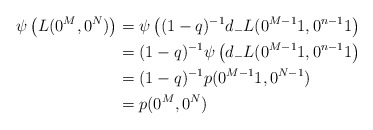
\begin{align*}\psi\left( L(0^M, 0^N) \right) &= \psi\left( (1-q)^{-1} d_- L(0^{M-1}1, 0^{n-1}1 \right) \\&= (1-q)^{-1} \psi\left( d_- L(0^{M-1}1, 0^{n-1}1 \right) \\&= (1-q)^{-1} p(0^{M-1}1, 0^{N-1}) \\&= p(0^M, 0^N)\end{align*}